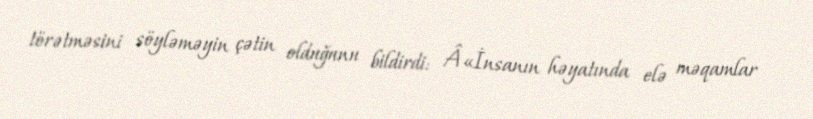
törətməsini söyləməyin çətin olduğunu bildirdi: Â«İnsanın həyatında elə məqamlar